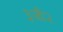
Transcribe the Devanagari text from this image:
३जी२